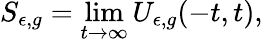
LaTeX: S_{\epsilon,g}=\operatorname*{lim}_{t\rightarrow\infty}U_{\epsilon,g}(-t,t),